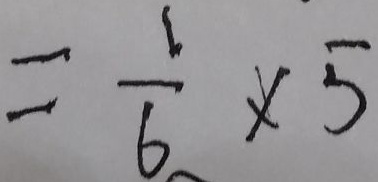
= \frac { 1 } { 6 } \times 5